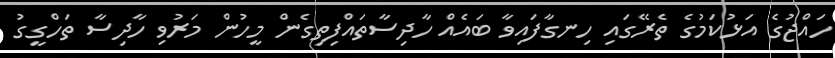
ހައްޖުގެ އަޅުކަމުގެ ތެރޭގައި ހިނގާފައިވާ ބައެއް ހާދިސާތައްފިތިގެން މީހުން މަރުވި ހާދިސާ ތަހްގީގު